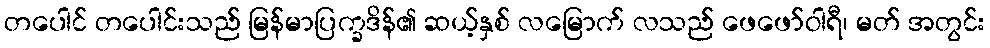
တပေါင် တပေါင်းသည် မြန်မာပြက္ခဒိန်၏ ဆယ့်နှစ် လမြောက် လသည် ဖေဖော်ဝါရီ၊ မတ် အတွင်း